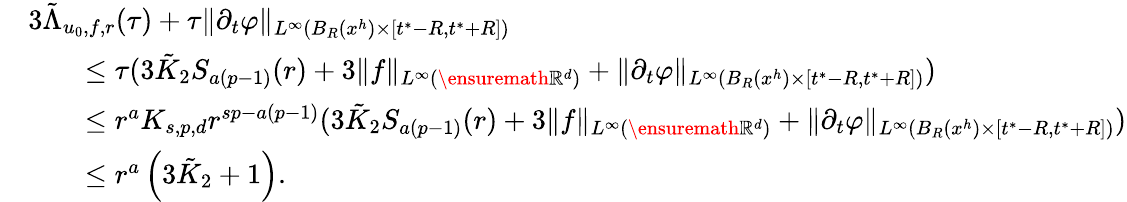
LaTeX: \begin{array}{rl}&{3\tilde{\Lambda}_{u_{0},f,r}(\tau)+\tau\| \partial_{t}\varphi\| _{L^{\infty}(B_{R}(x^{h})\times[t^{*}-R,t^{*}+R])}}\\ &{\qquad\leq\tau(3\tilde{K}_{2}S_{a(p-1)}(r)+3\| f\| _{L^{\infty}(\ensuremath{\mathbb{R}}^{d})}+\| \partial_{t}\varphi\| _{L^{\infty}(B_{R}(x^{h})\times[t^{*}-R,t^{*}+R])})}\\ &{\qquad\leq r^{a}K_{s,p,d}r^{sp-a(p-1)}(3\tilde{K}_{2}S_{a(p-1)}(r)+3\| f\| _{L^{\infty}(\ensuremath{\mathbb{R}}^{d})}+\| \partial_{t}\varphi\| _{L^{\infty}(B_{R}(x^{h})\times[t^{*}-R,t^{*}+R])})}\\ &{\qquad\leq r^{a}\left({3\tilde{K}_{2}+1}\right).}\end{array}